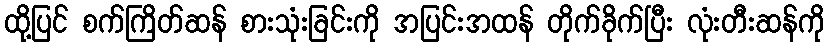
ထို့ပြင် စက်ကြိတ်ဆန် စားသုံးခြင်းကို အပြင်းအထန် တိုက်ခိုက်ပြီး လုံးတီးဆန်ကို